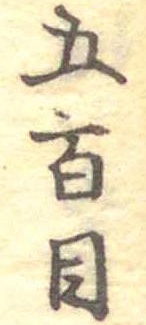
五百目